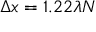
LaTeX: \Delta x = 1 . 2 2 \lambda N